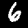
Label: 6